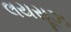
લયસૂઝ